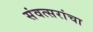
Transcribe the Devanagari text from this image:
संवत्सरांचा